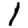
Digit: 1